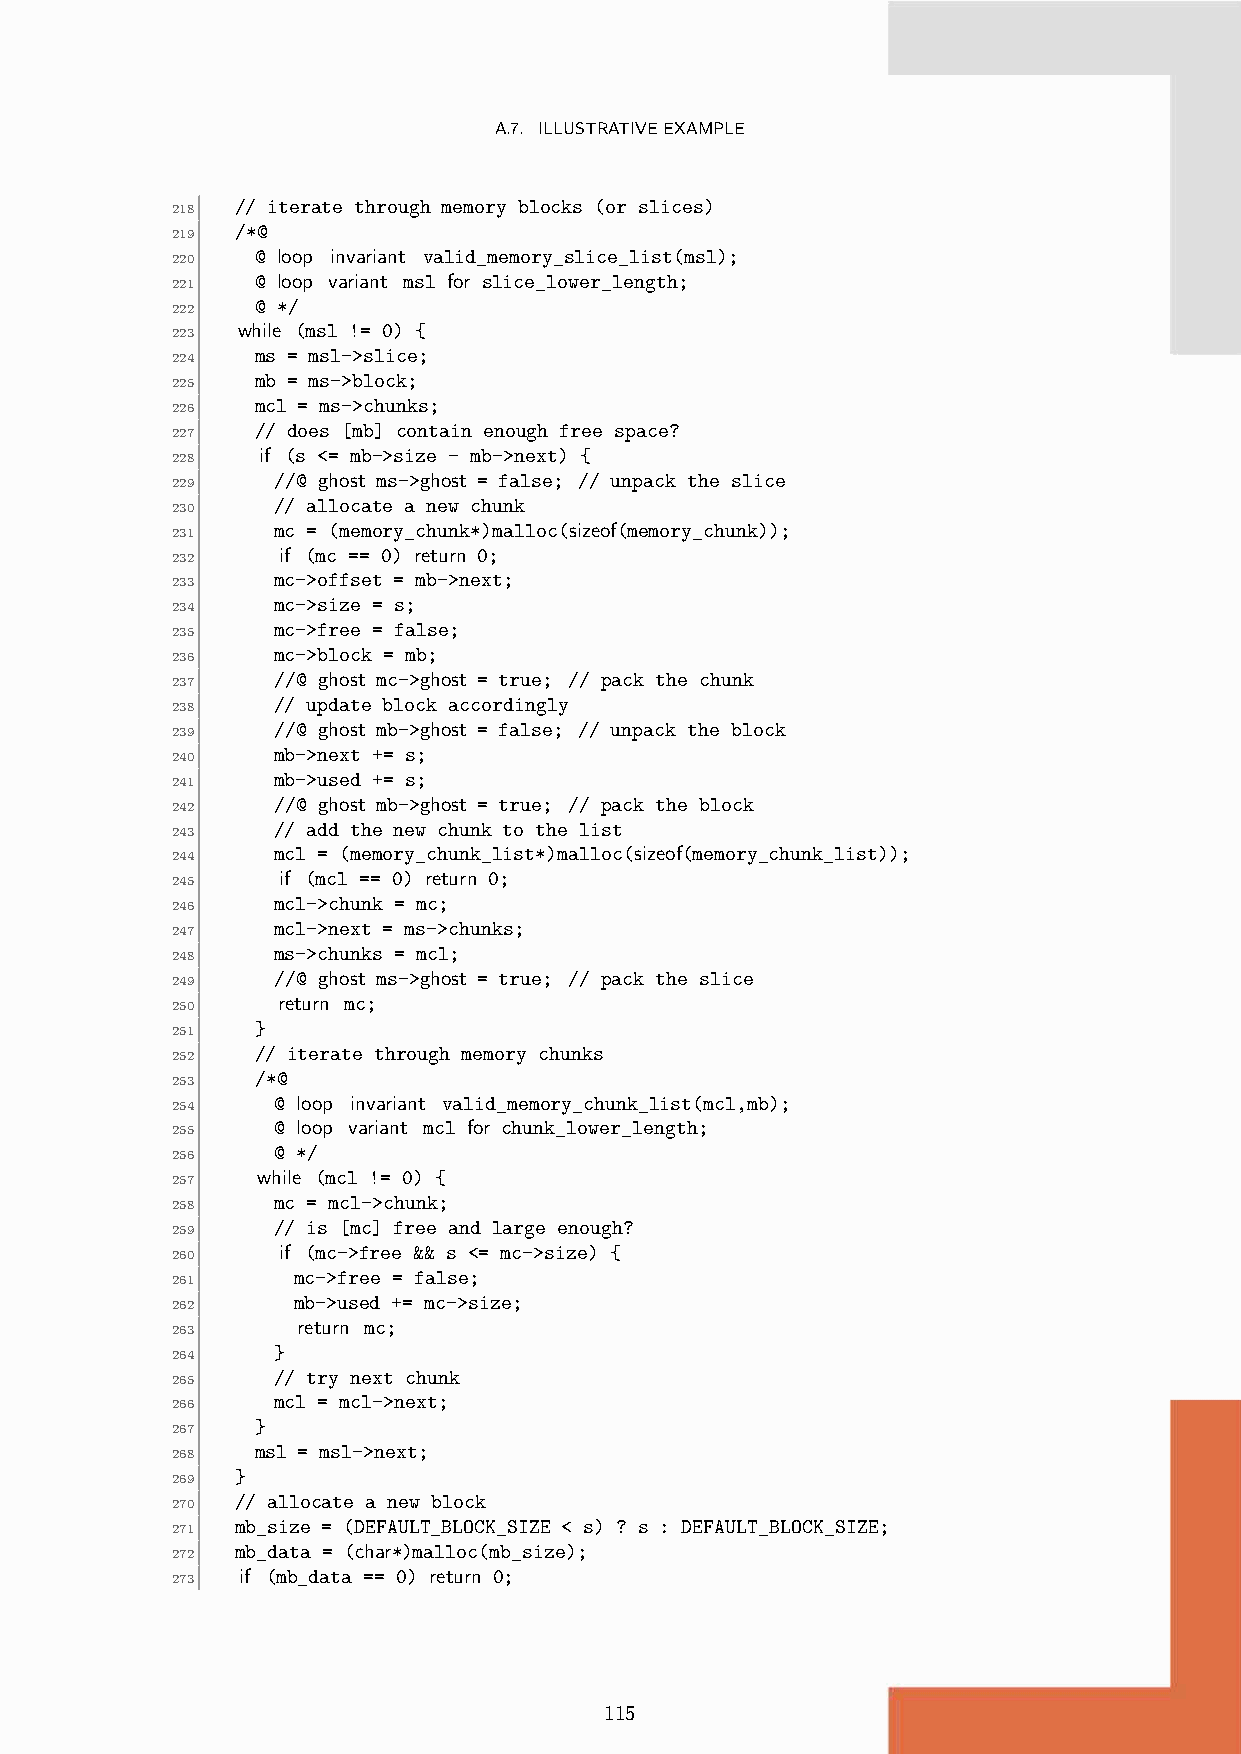
A.7. ILLUSTRATIVEEXAMPLE
 // iterate through memory blocks (or slices)
 218
 /*@
 219
 @ loop invariant valid_memory_slice_list(msl);
 220
 @ loop variant msl for slice_lower_length;
 221
 @ */
 222
 while (msl != 0) {
 223
 ms = msl->slice;
 224
 mb = ms->block;
 225
 mcl = ms->chunks;
 226
 // does [mb] contain enough free space?
 227
 if (s <= mb->size - mb->next) {
 228
 //@ ghost ms->ghost = false; // unpack the slice
 229
 // allocate a new chunk
 230
 mc = (memory_chunk*)malloc(sizeof(memory_chunk));
 231
 if (mc == 0) return 0;
 232
 mc->offset = mb->next;
 233
 mc->size = s;
 234
 mc->free = false;
 235
 mc->block = mb;
 236
 //@ ghost mc->ghost = true; // pack the chunk
 237
 // update block accordingly
 238
 //@ ghost mb->ghost = false; // unpack the block
 239
 mb->next += s;
 240
 mb->used += s;
 241
 //@ ghost mb->ghost = true; // pack the block
 242
 // add the new chunk to the list
 243
 mcl = (memory_chunk_list*)malloc(sizeof(memory_chunk_list));
 244
 if (mcl == 0) return 0;
 245
 mcl->chunk = mc;
 246
 mcl->next = ms->chunks;
 247
 ms->chunks = mcl;
 248
 //@ ghost ms->ghost = true; // pack the slice
 249
 return mc;
 250
 }
 251
 // iterate through memory chunks
 252
 /*@
 253
 @ loop invariant valid_memory_chunk_list(mcl,mb);
 254
 @ loop variant mcl for chunk_lower_length;
 255
 @ */
 256
 while (mcl != 0) {
 257
 mc = mcl->chunk;
 258
 // is [mc] free and large enough?
 259
 if (mc->free && s <= mc->size) {
 260
 mc->free = false;
 261
 mb->used += mc->size;
 262
 return mc;
 263
 }
 264
 // try next chunk
 265
 mcl = mcl->next;
 266
 }
 267
 msl = msl->next;
 268
 }
 269
 // allocate a new block
 270
 mb_size = (DEFAULT_BLOCK_SIZE < s) ? s : DEFAULT_BLOCK_SIZE;
 271
 mb_data = (char*)malloc(mb_size);
 272
 if (mb_data == 0) return 0;
 273
 115